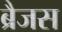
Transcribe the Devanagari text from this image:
ब्रैजस